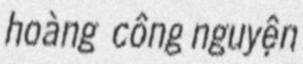
hoàng công nguyện